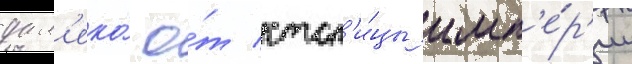
дал'еко́ о́т стол'и́цы имп'е́р'ии